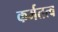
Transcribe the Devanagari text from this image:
कर्मतत्व